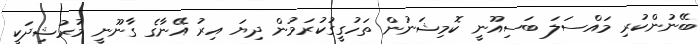
ބޭނުންކުރި މައްސަލަ ބަސިއޫނީ ކޮމިޝަނުން ތަހުގީގުކުރަމުން ދިޔަ އިރު އޭނާގެ ގާނޫނީ މުރުޝިދަކީ